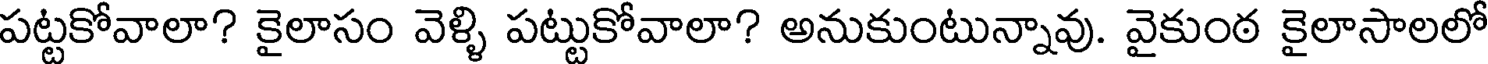
పట్టకోవాలా? కైలాసం వెళ్ళి పట్టుకోవాలా? అనుకుంటున్నావు. వైకుంఠ కైలాసాలలో